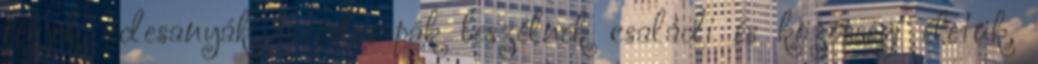
férjek, édesanyák és édesapák beszélnek családi és közösségi életük,